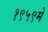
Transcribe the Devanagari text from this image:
१९५९मे